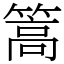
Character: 篙